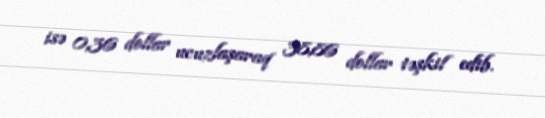
isə 0,36 dollar ucuzlaşaraq 38,86 dollar təşkil edib.